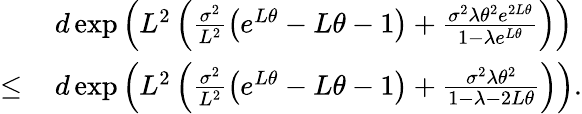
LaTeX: \begin{array}{rl}&{d\exp\left(L^{2}\left(\frac{\sigma^{2}}{L^{2}}\left(e^{L\theta}-L\theta-1\right)+\frac{\sigma^{2}\lambda\theta^{2}e^{2L\theta}}{1-\lambda e^{L\theta}}\right)\right)}\\ {\leq\, }&{d\exp\left(L^{2}\left(\frac{\sigma^{2}}{L^{2}}\left(e^{L\theta}-L\theta-1\right)+\frac{\sigma^{2}\lambda\theta^{2}}{1-\lambda-2L\theta}\right)\right).}\end{array}